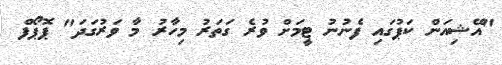
"އޭޝިއަން ކަޕުގައި ފެނުނު ޓީމަށް ވުރެ ގަތަރު މިހާރު މާ ވަރުގަަދަ" ޕޮޕޯފް